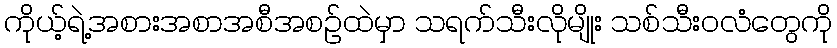
ကိုယ့်ရဲ့အစားအစာအစီအစဉ်ထဲမှာ သရက်သီးလိုမျိုး သစ်သီးဝလံတွေကို